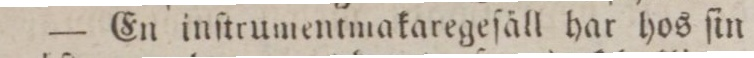
— En inſtrumentmakaregeſäll har hos ſin